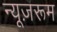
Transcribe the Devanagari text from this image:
न्यूज़रूम